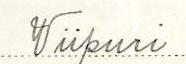
Viipuri